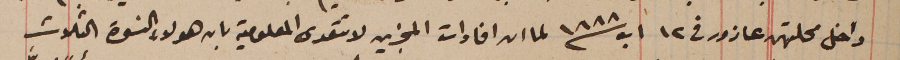
داخل محلتهن عازور فى ١٢ اب سنة ١٨٨٨ لما ان افادات المجزين لا تتعدى المعلومية بان هؤلاء النسوة الثلاث